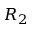
R _ { 2 }